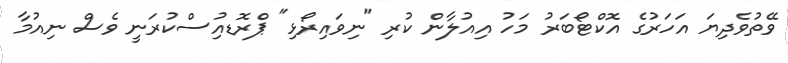
ވޭތުވެދިޔަ އަހަރުގެ އޮކްޓޯބަރު މަހު އިއުލާން ކުރި "ނިވައިރޯޅި" ޕްރޮޑއިުސްކުރަނީ ވެސް ނިއުމާ